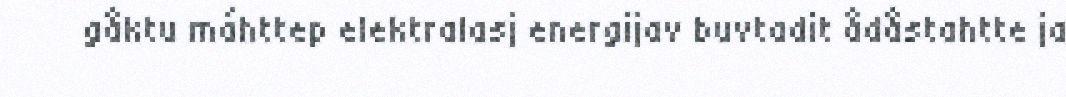
gåktu máhttep elektralasj energijav buvtadit ådåstahtte ja